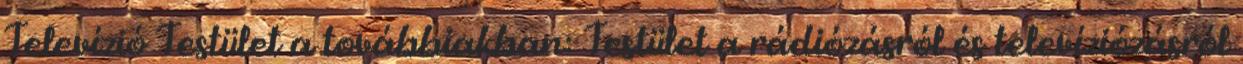
Televízió Testület a továbbiakban: Testület a rádiózásról és televíziózásról